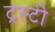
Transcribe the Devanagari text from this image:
ट्रस्‍टी